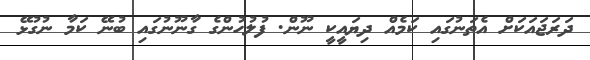
ދަރަޖައަކަށް އެތަނުގައި ކަމެއް ދިޔައީކީ ނޫން. ފުލުހުންގެ ގާނޫނުގައި ބުނޭ ކަމާ ނުގުޅޭ